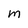
Character: M